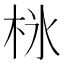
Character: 𣐚